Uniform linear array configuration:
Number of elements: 4
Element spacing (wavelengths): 0.5
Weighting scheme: exponential
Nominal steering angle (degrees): -45
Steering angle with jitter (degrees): -45.01
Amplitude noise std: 0.05
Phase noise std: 0.05

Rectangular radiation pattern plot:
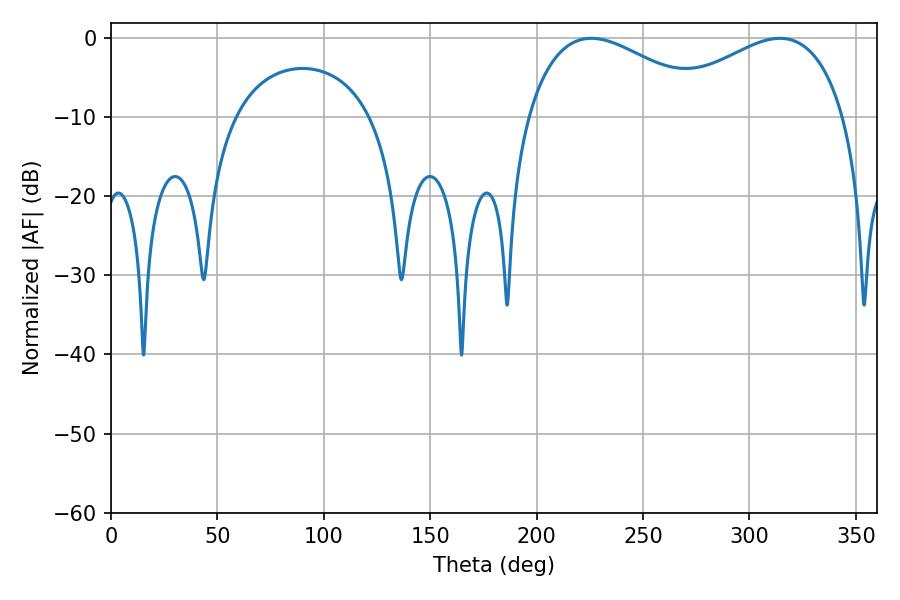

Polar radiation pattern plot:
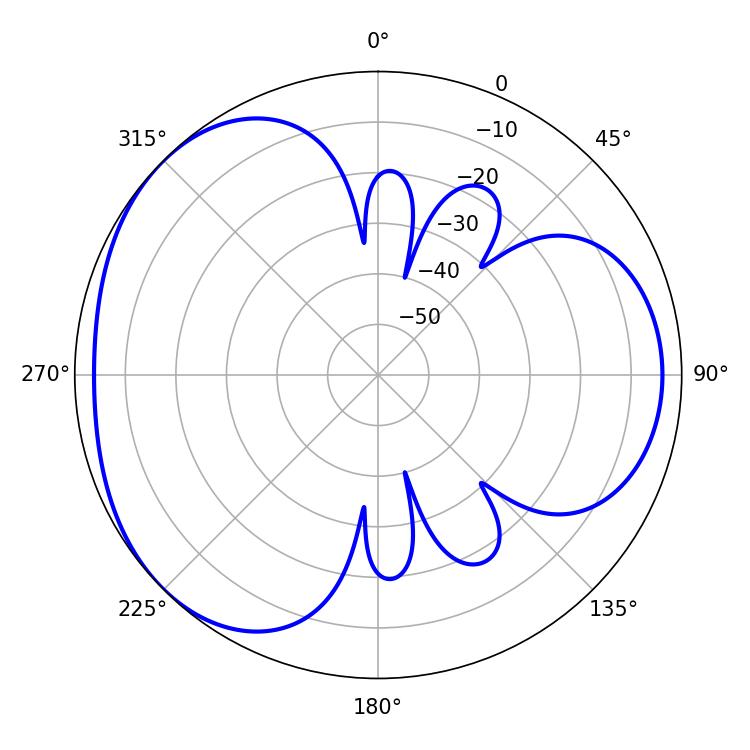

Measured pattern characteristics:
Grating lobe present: FALSE
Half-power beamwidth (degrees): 48.42
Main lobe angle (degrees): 225.72